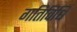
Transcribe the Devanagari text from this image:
गतिविधि